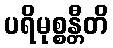
ပရိမုစ္စန္တီတိ